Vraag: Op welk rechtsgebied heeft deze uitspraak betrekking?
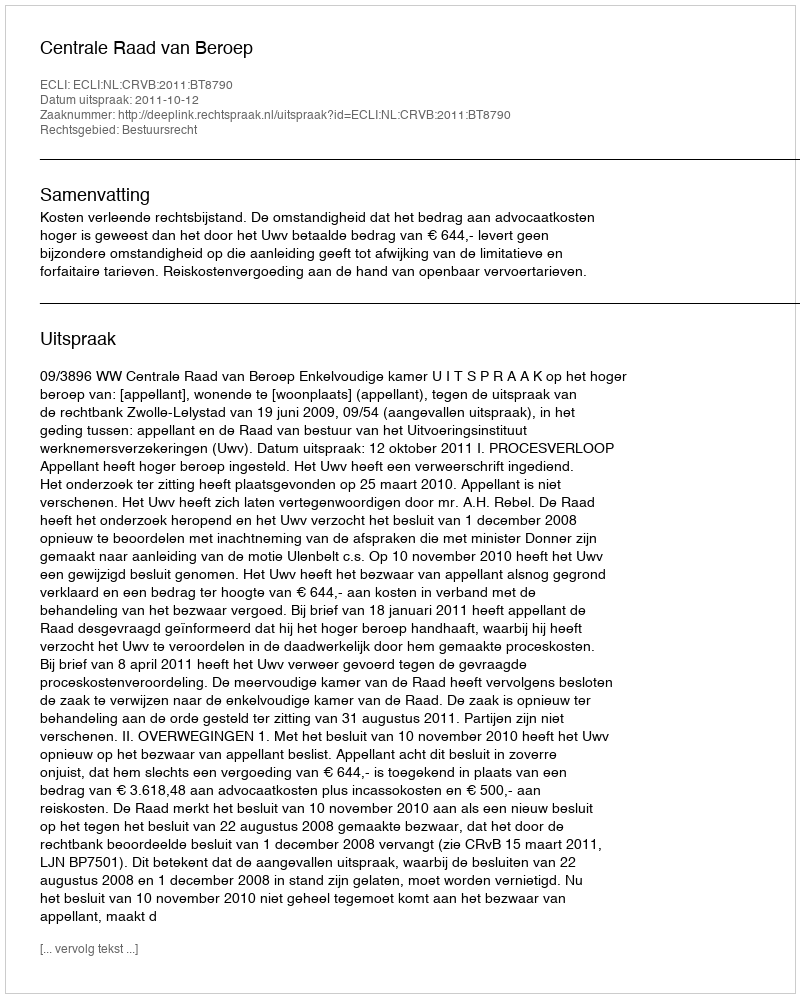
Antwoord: Bestuursrecht